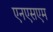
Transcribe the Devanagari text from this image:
एनएसएम